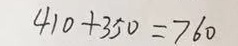
4 1 0 + 3 5 0 = 7 6 0